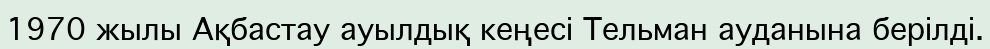
1970 жылы Ақбастау ауылдық кеңесі Тельман ауданына берілді.